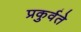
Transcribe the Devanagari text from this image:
प्रकुर्वते